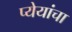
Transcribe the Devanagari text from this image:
प्येयांचा